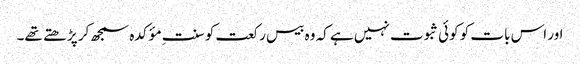
اور اس بات کو کوئی ثبوت نہیں ہے کہ وہ بیس رکعت کو سنتِ مؤکدہ سمجھ کر پڑ ھتے تھے۔